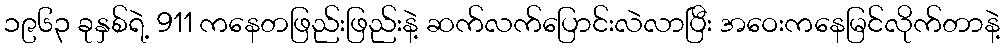
၁၉၆၃ ခုနှစ်ရဲ့ 911 ကနေတဖြည်းဖြည်းနဲ့ ဆက်လက်ပြောင်းလဲလာပြီး အဝေးကနေမြင်လိုက်တာနဲ့